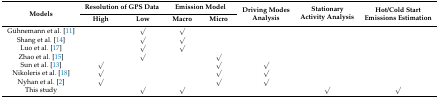
| <ROWSPAN=2> Models | <COLSPAN=2> Resolution of GPS Data | <COLSPAN=2> Emission Model | <ROWSPAN=2> Driving Modes Analysis | <ROWSPAN=2> Stationary Activity Analysis | <ROWSPAN=2> Hot/Cold Start Emissions Estimation |
 | High | Low | Macro | Micro |
 | --- | --- | --- | --- | --- | --- | --- | --- |
 | Gühnemann et al. [11] |  | √ | √ |  |  |  |  |
 | Shang et al. [14] |  | √ | √ |  |  |  |  |
 | Luo et al. [17] |  | √ | √ |  |  |  |  |
 | Zhao et al. [15] |  | √ |  | √ |  |  |  |
 | Sun et al. [13] | √ |  |  | √ | √ |  |  |
 | Nikoleris et al. [18] | √ |  |  | √ | √ |  |  |
 | Nyhan et al. [2] | √ |  |  | √ | √ |  |  |
 | This study |  | √ | √ |  |  | √ | √ |